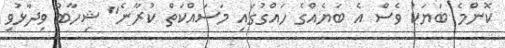
ކޮންމެ ބަޔަކު ވެސް އެ ބަޔެއްގެ ހައްގުގައި މަސައްކަތް ކުރާނެ" ޝިހާބު ވިދާޅުވި